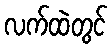
လက်ထဲတွင်